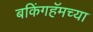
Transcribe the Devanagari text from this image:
बकिंगहॅमच्या